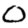
Digit: 0